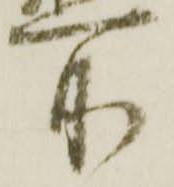
所